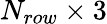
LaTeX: N_{row}\times 3